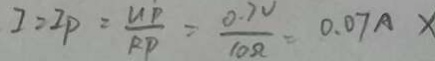
I = I P = \frac { U P } { R P } = \frac { 0 . 7 V } { 1 0 \Omega } = 0 . 0 7 A X